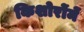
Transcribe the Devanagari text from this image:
किशोरोंमें